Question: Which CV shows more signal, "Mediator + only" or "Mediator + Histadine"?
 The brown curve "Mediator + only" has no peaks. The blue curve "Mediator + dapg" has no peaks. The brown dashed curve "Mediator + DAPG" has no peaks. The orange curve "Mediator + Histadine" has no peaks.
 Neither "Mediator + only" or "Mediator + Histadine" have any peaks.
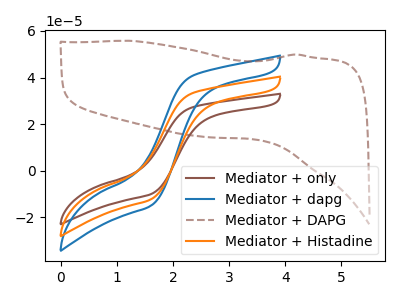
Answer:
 <answer>I cant tell if "Mediator + only" or "Mediator + Histadine" has more signal.</answer>
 <eval>mixed_signal</eval>